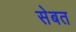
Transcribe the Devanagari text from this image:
सेबत